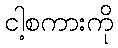
ငါ့စကားကို